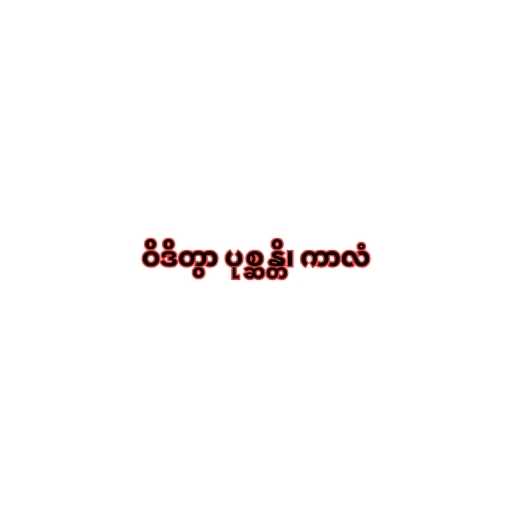
ဝိဒိတွာ ပုစ္ဆန္တိ၊ ကာလံ